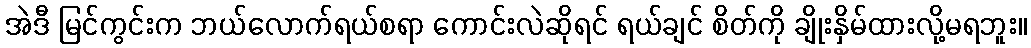
အဲဒီ မြင်ကွင်းက ဘယ်လောက်ရယ်စရာ ကောင်းလဲဆိုရင် ရယ်ချင် စိတ်ကို ချိုးနှိမ်ထားလို့မရဘူး။